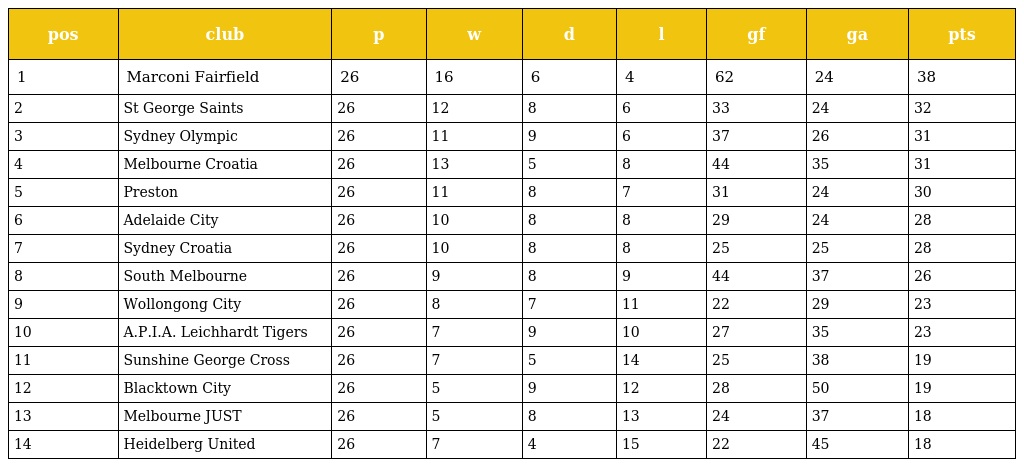
| pos | club | p | w | d | l | gf | ga | pts |
 | --- | --- | --- | --- | --- | --- | --- | --- | --- |
 | 1 | Marconi Fairfield | 26 | 16 | 6 | 4 | 62 | 24 | 38 |
 | 2 | St George Saints | 26 | 12 | 8 | 6 | 33 | 24 | 32 |
 | 3 | Sydney Olympic | 26 | 11 | 9 | 6 | 37 | 26 | 31 |
 | 4 | Melbourne Croatia | 26 | 13 | 5 | 8 | 44 | 35 | 31 |
 | 5 | Preston | 26 | 11 | 8 | 7 | 31 | 24 | 30 |
 | 6 | Adelaide City | 26 | 10 | 8 | 8 | 29 | 24 | 28 |
 | 7 | Sydney Croatia | 26 | 10 | 8 | 8 | 25 | 25 | 28 |
 | 8 | South Melbourne | 26 | 9 | 8 | 9 | 44 | 37 | 26 |
 | 9 | Wollongong City | 26 | 8 | 7 | 11 | 22 | 29 | 23 |
 | 10 | A.P.I.A. Leichhardt Tigers | 26 | 7 | 9 | 10 | 27 | 35 | 23 |
 | 11 | Sunshine George Cross | 26 | 7 | 5 | 14 | 25 | 38 | 19 |
 | 12 | Blacktown City | 26 | 5 | 9 | 12 | 28 | 50 | 19 |
 | 13 | Melbourne JUST | 26 | 5 | 8 | 13 | 24 | 37 | 18 |
 | 14 | Heidelberg United | 26 | 7 | 4 | 15 | 22 | 45 | 18 |